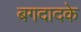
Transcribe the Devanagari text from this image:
बगदादके